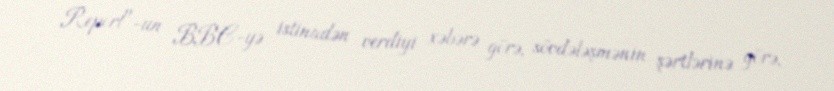
Report"-un BBC-yə istinadən verdiyi xəbərə görə, sövdələşmənin şərtlərinə görə,